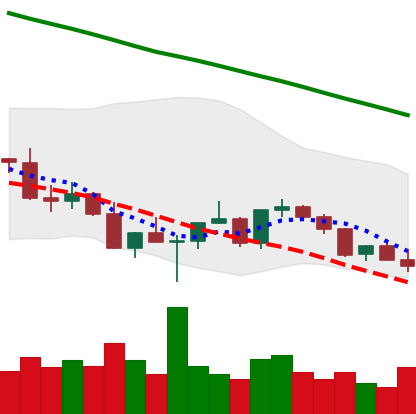
Ticker: XLM-USD
Chart end date: 2022-03-07
Forward return: 8.703%
Label: up_7plus